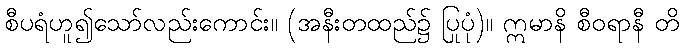
စီပရံဟူ၍သော်လည်းကောင်း။ (အနီးတထည်၌ ပြုပုံ)။ ဣမာနိ စီဝရာနီ တိ